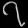
Digit: ၇